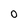
Character: O